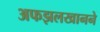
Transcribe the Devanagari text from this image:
अफझलखानने